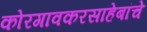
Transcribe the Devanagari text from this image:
कोरगावकरसाहेबांचे